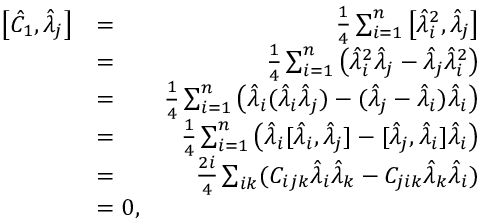
\begin{array} { r l r } { \left[ \hat { C } _ { 1 } , \hat { \lambda } _ { j } \right] } & { = } & { \frac { 1 } { 4 } \sum _ { i = 1 } ^ { n } \left[ \hat { \lambda } _ { i } ^ { 2 } , \hat { \lambda } _ { j } \right] } \\ & { = } & { \frac { 1 } { 4 } \sum _ { i = 1 } ^ { n } \left( \hat { \lambda } _ { i } ^ { 2 } \hat { \lambda } _ { j } - \hat { \lambda } _ { j } \hat { \lambda } _ { i } ^ { 2 } \right) } \\ & { = } & { \frac { 1 } { 4 } \sum _ { i = 1 } ^ { n } \left( \hat { \lambda } _ { i } ( \hat { \lambda } _ { i } \hat { \lambda } _ { j } ) - ( \hat { \lambda } _ { j } - \hat { \lambda } _ { i } ) \hat { \lambda } _ { i } \right) } \\ & { = } & { \frac { 1 } { 4 } \sum _ { i = 1 } ^ { n } \left( \hat { \lambda } _ { i } [ \hat { \lambda } _ { i } , \hat { \lambda } _ { j } ] - [ \hat { \lambda } _ { j } , \hat { \lambda } _ { i } ] \hat { \lambda } _ { i } \right) } \\ & { = } & { \frac { 2 i } { 4 } \sum _ { i k } ( C _ { i j k } \hat { \lambda } _ { i } \hat { \lambda } _ { k } - C _ { j i k } \hat { \lambda } _ { k } \hat { \lambda } _ { i } ) } \\ & { = 0 , } \end{array}